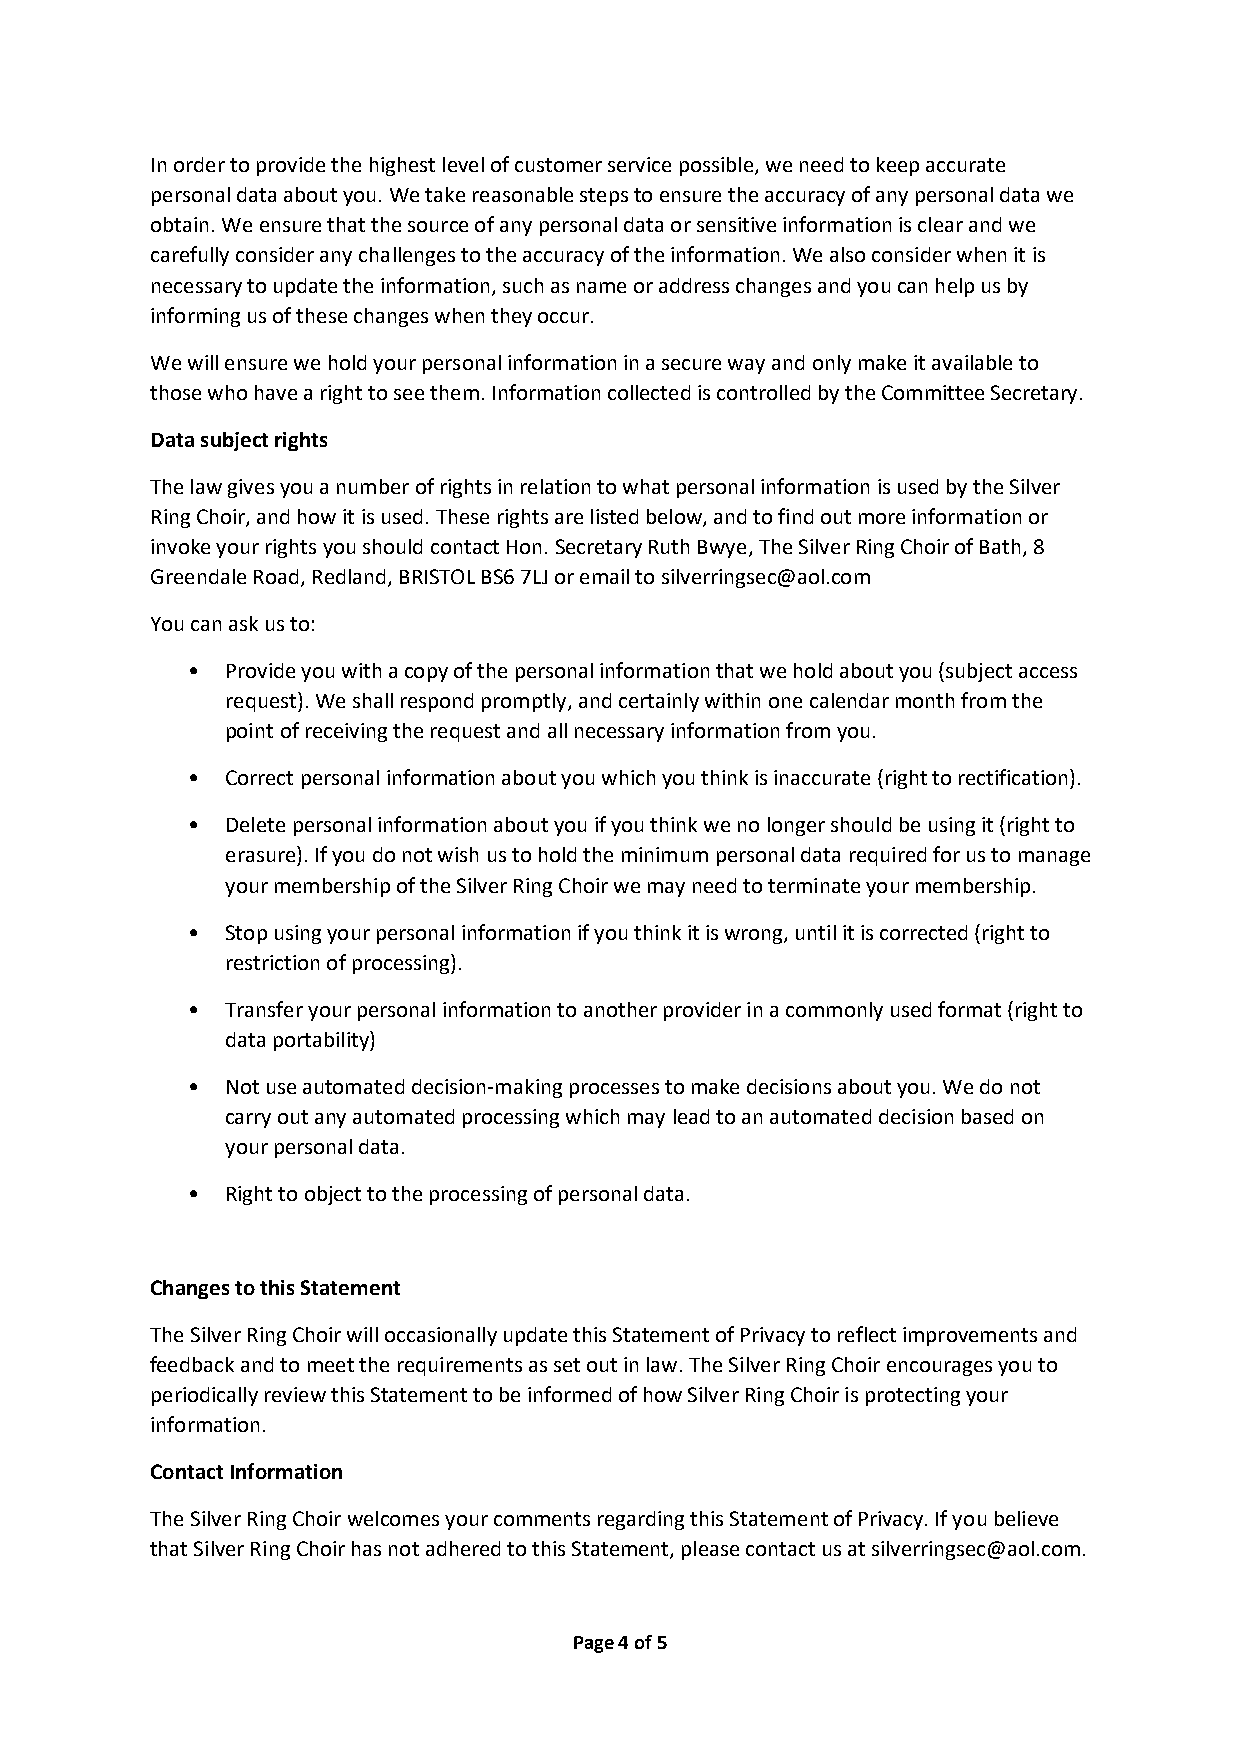
In order to provide the highest level of customer service possible, we need to keep accurate
 personal data about you. We take reasonable steps to ensure the accuracy of any personal data we
 obtain. We ensure that the source of any personal data or sensitive information is clear and we
 carefully consider any challenges to the accuracy of the information. We also consider when it is
 necessary to update the information, such as name or address changes and you can help us by
 informing us of these changes when they occur.
 We will ensure we hold your personal information in a secure way and only make it available to
 those who have a right to see them. Information collected is controlled by the Committee Secretary.
 Data subject rights
 The law gives you a number of rights in relation to what personal information is used by the Silver
 Ring Choir, and how it is used. These rights are listed below, and to find out more information or
 invoke your rights you should contact Hon. Secretary Ruth Bwye, The Silver Ring Choir of Bath, 8
 Greendale Road, Redland, BRISTOL BS6 7LJ or email to silverringsec@aol.com
 You can ask us to:
 •  Provide you with a copy of the personal information that we hold about you (subject access
 request). We shall respond promptly, and certainly within one calendar month from the
 point of receiving the request and all necessary information from you.
 •  Correct personal information about you which you think is inaccurate (right to rectification).
 •  Delete personal information about you if you think we no longer should be using it (right to
 erasure). If you do not wish us to hold the minimum personal data required for us to manage
 your membership of the Silver Ring Choir we may need to terminate your membership.
 •  Stop using your personal information if you think it is wrong, until it is corrected (right to
 restriction of processing).
 •  Transfer your personal information to another provider in a commonly used format (right to
 data portability)
 •  Not use automated decision-making processes to make decisions about you. We do not
 carry out any automated processing which may lead to an automated decision based on
 your personal data.
 •  Right to object to the processing of personal data.
 Changes to this Statement
 The Silver Ring Choir will occasionally update this Statement of Privacy to reflect improvements and
 feedback and to meet the requirements as set out in law. The Silver Ring Choir encourages you to
 periodically review this Statement to be informed of how Silver Ring Choir is protecting your
 information.
 Contact Information
 The Silver Ring Choir welcomes your comments regarding this Statement of Privacy. If you believe
 that Silver Ring Choir has not adhered to this Statement, please contact us at silverringsec@aol.com.
 Page 4 of 5